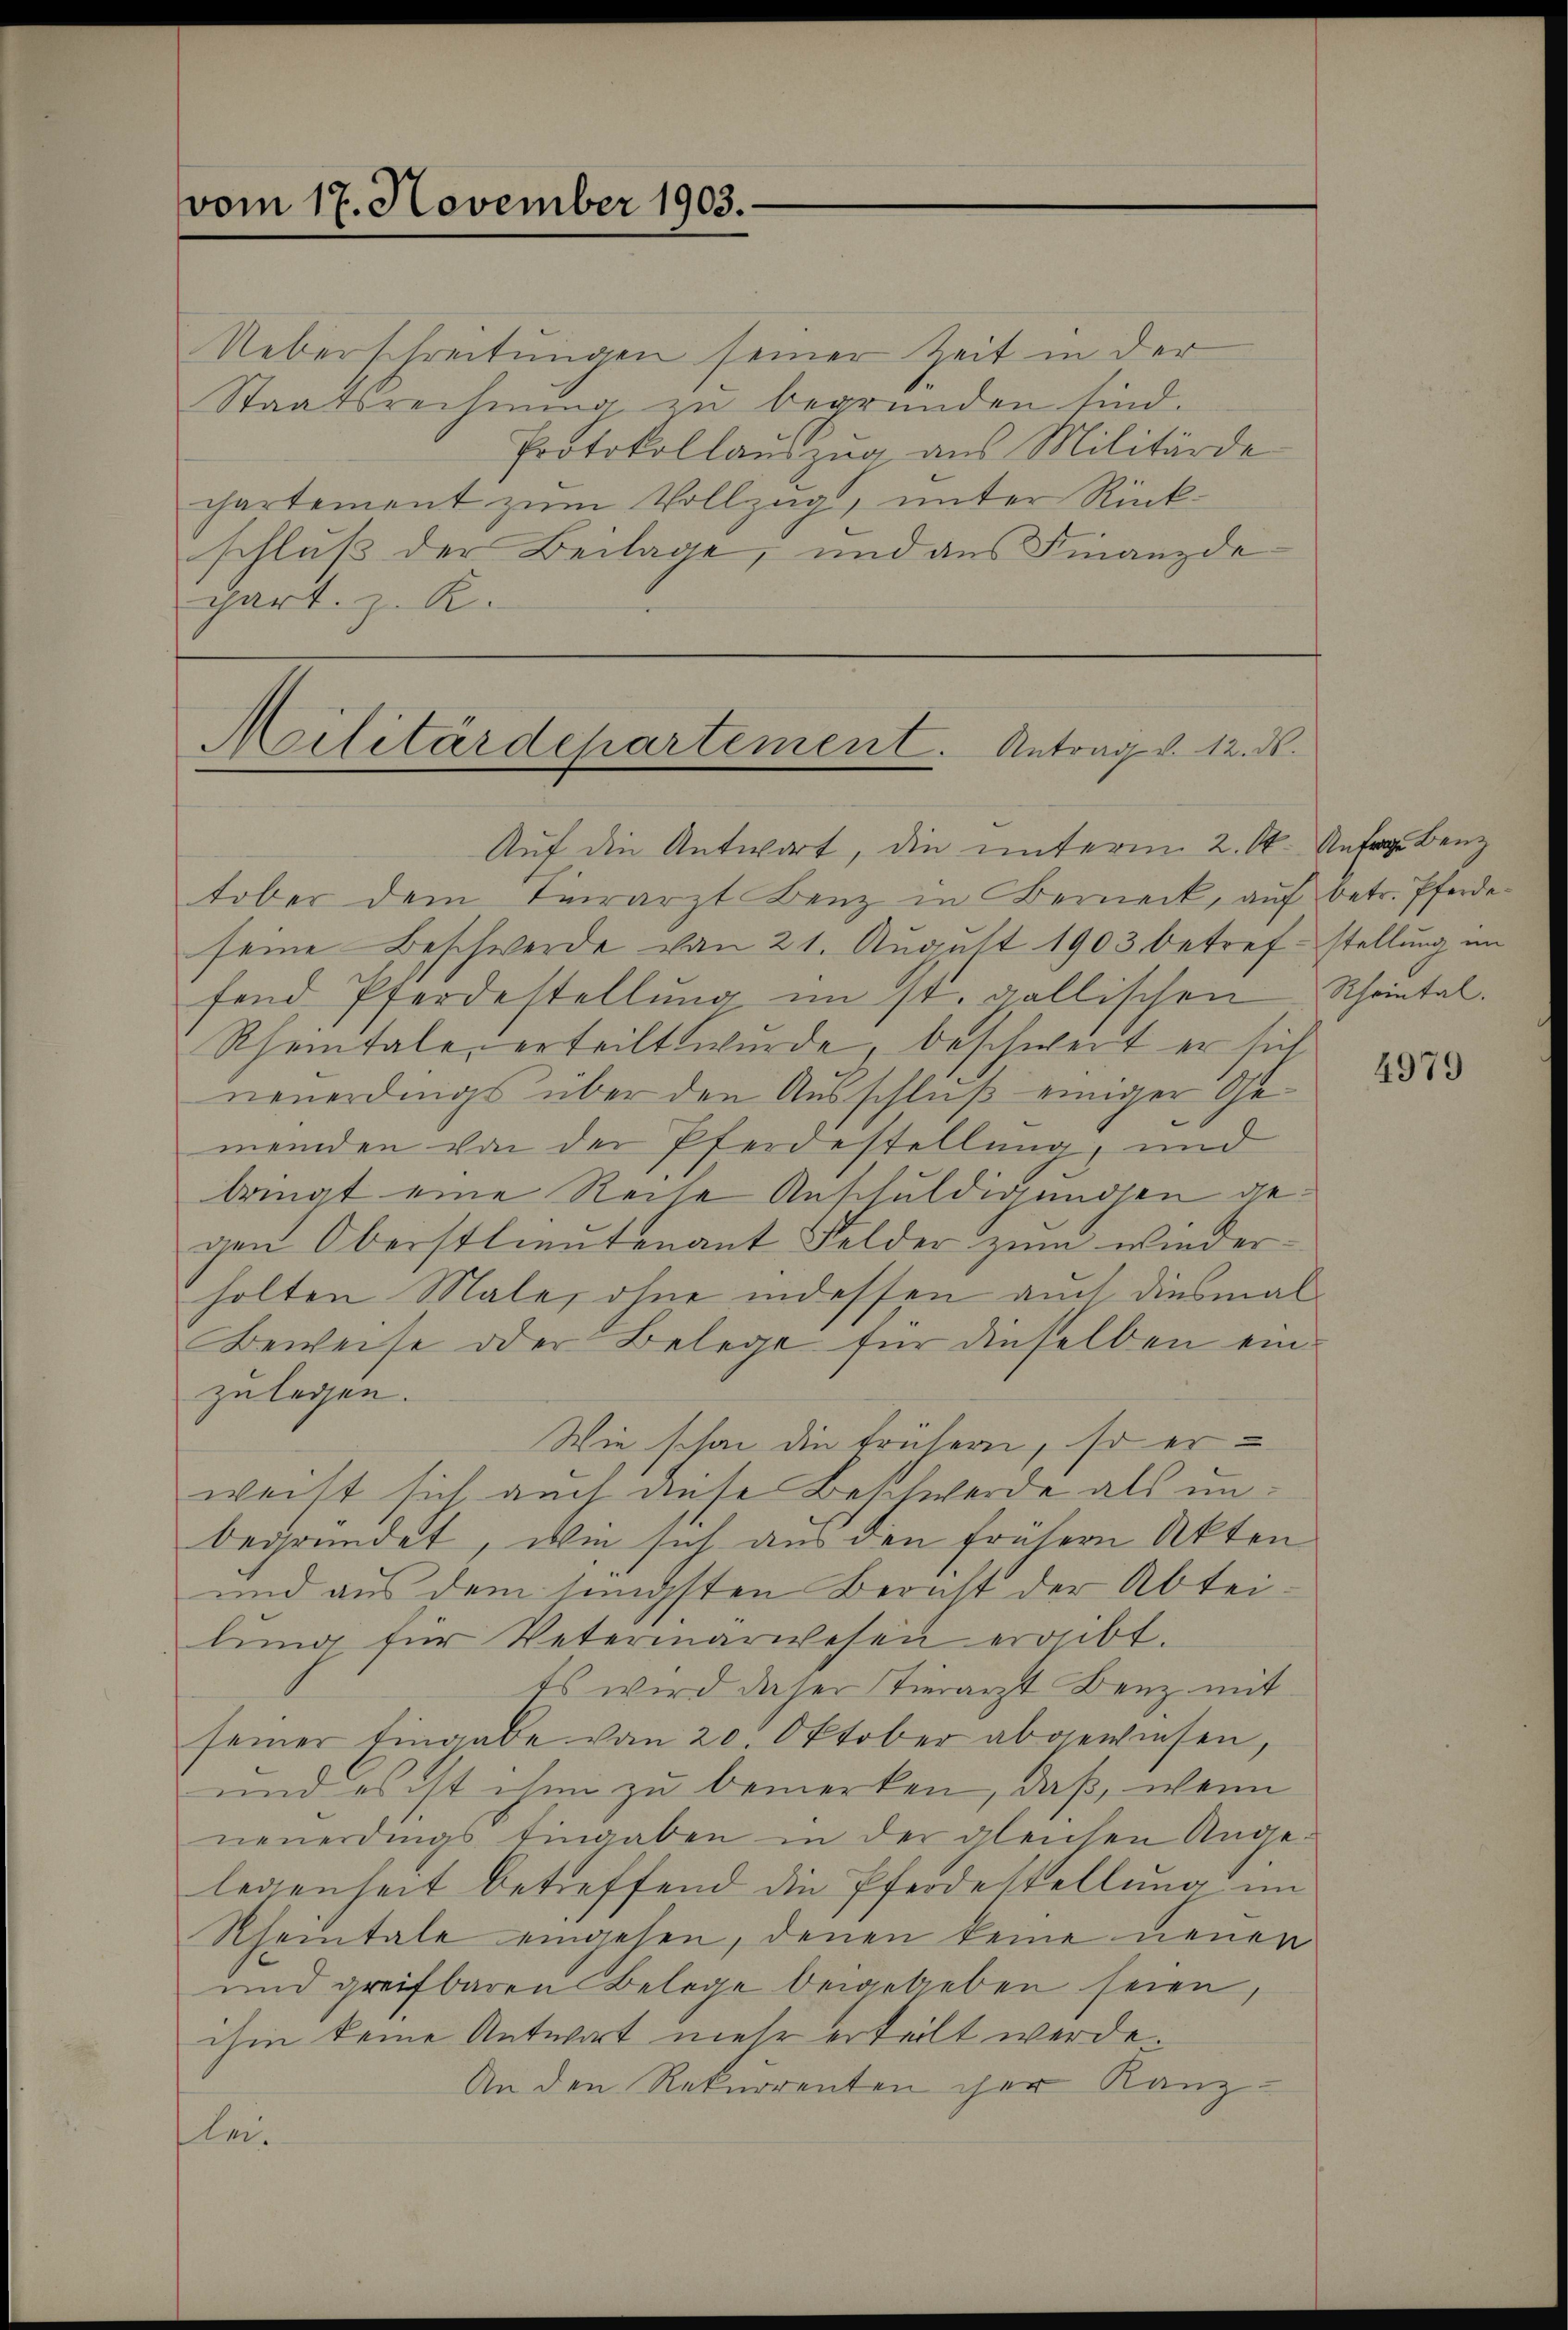
vom 17. November 1903.

Ueberschreitungen seiner Zeit in der
Staatsrechnŭng zu begründen sind.
Protokollaŭszŭg aŭs Militärde
chartement zum Vollzug, unter Rückschluß der Beilage, und aus Finanzdepart. z. R.

Militärdepartement. Antrag v. 12. ds.

Auf die Antwort, die unterm 2. A. Anfra Benz
tober dem Terrarzt Benz in Berneck, auf betr. Pferdeseine Beschwerde von 21. August 1903 betref-stellung im
fend Pferdestellŭng im st. gallischen Scheintal.
Rheintale, erteilt wurde, beschwert er sich
neuerdings über den Ausschluß einiger Gemeinden von der Pferdestellung, und
bringt eine Reise Anschuldigungen gegen Oberstlieutenant Felder zum wiederholten Male, ohne indessen auch diesmal
Beweise oder Belege für dieselben einzulegen.
Wie schon die frühern, so er
weist sich auch diese Beschwerde als unbegründet, wie sich aus den frühern Akten
und aus dem jüngsten Beratt der Abteilŭng für Vetermarwesen ergibt.
Es wird daser Tierarzt Benz mit
seiner Eingabe von 20. Oktober abgewiesen,
und es ist ihm zu bemerken, daß, wenn
neuerdings Eingaben in der gleichen Ange-
legenheit betreffend die Pferdestellung im
Rheintale eingehen, denen keine neuen
und greifbaren Belege beigeleben seien,
ihm keine Antwort mehr erteilt werde.
An den Rekurrenten her Kanzlei¬

4979